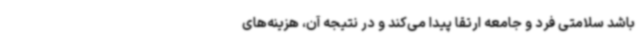
باشد سلامتی فرد و جامعه ارتقا پیدا می‌کند و در نتیجه آن، هزینه‌های